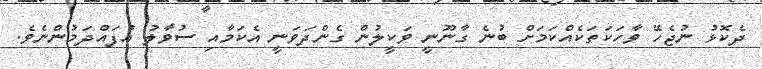
ދެކޮޅު ނުޖެހޭ ވާހަކަތަކެއްކަމަށް ބުނެ ގާނޫނީ ވަކީލުން ގެންދަވަނީ އެކަމާއި ސުވާލު އުފައްދަމުންނެވެ.